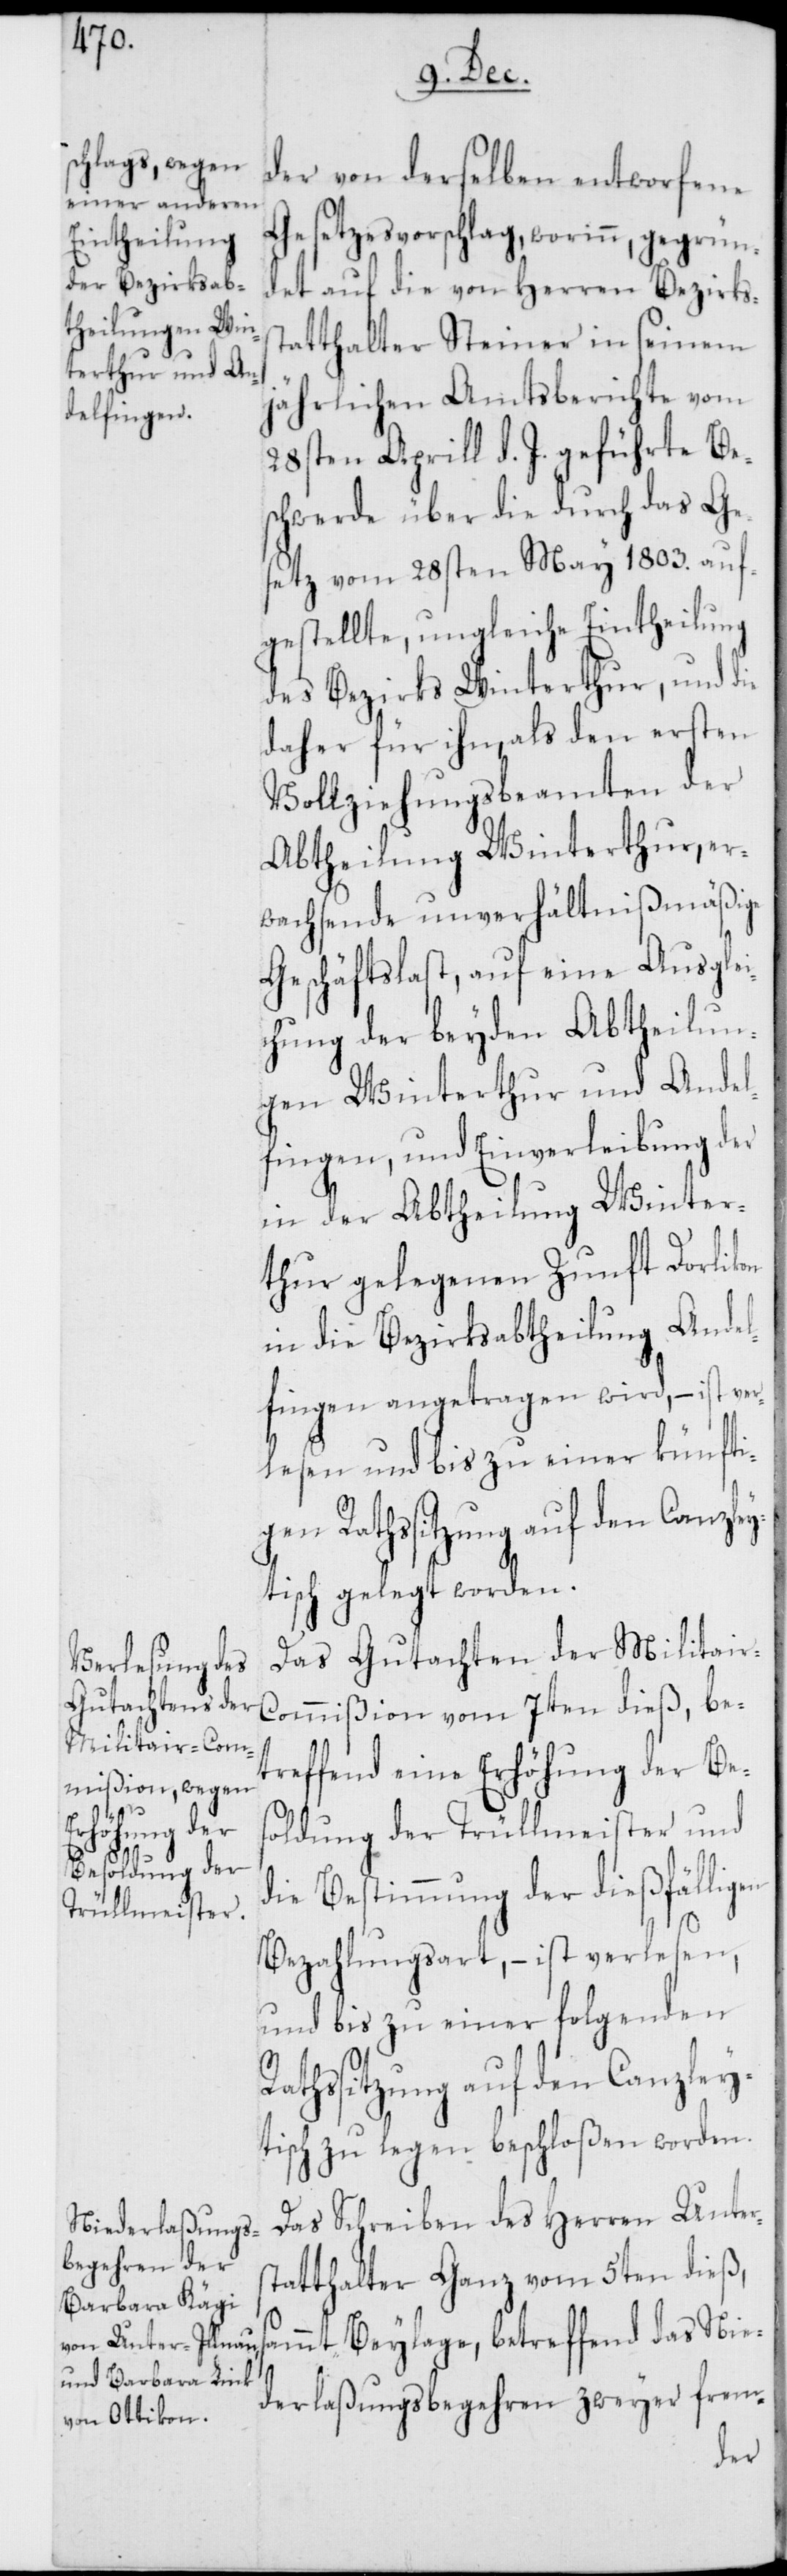
rs¬
s¬

der von derselben entworfene
Gesetzesvorschlag, worinn, gegrün¬
det auf die von Herren Bezirks¬
atthalter Steiner in seinem
jährlichen Amtsberichte vom
28sten Aprill d. J. geführte Bes¬
chwerde über die durch das Ge¬
setz vom 28sten May 1803. auf¬
gestellte, ungleiche Eintheilung
des Bezirks Winterthur, und die
daher für ihn, als den ersten
Vollziehungsbeamten der
Abtheilung Winterthur, er¬
wachsende unverhältnißmäßige
Geschäftslast, auf eine Ausglei¬
chung der beyden Abtheilun¬
gen Winterthur und Andel¬
fingen, und Einverleibung der
in der Abtheilung Winter¬
thur gelegenen Zunft Dorlikon
in die Bezirksabtheilung Ande¬
lfingen angetragen wird, – ist ver¬
lesen und bis zu einer künfti¬
tisch gelegt worden.
Das Gutachten der Militai¬
ommißion vom 7ten dieß, be¬
treffend eine Erhöhung der Be¬
soldung der Trüllmeister und
die Bestimmung der dießfälligen
Bezahlungsart, – ist verlesen,
und bis zu einer folgenden
Rathssitzung auf den Canzley¬
tisch zu legen beschloßen worden.
Das Schreiben des Herren Unte¬
tatthalter Ganz vom 5ten dieß,
ammt Beylage, betreffend das Nie¬
derlaßungsbegehren zweyer frem-